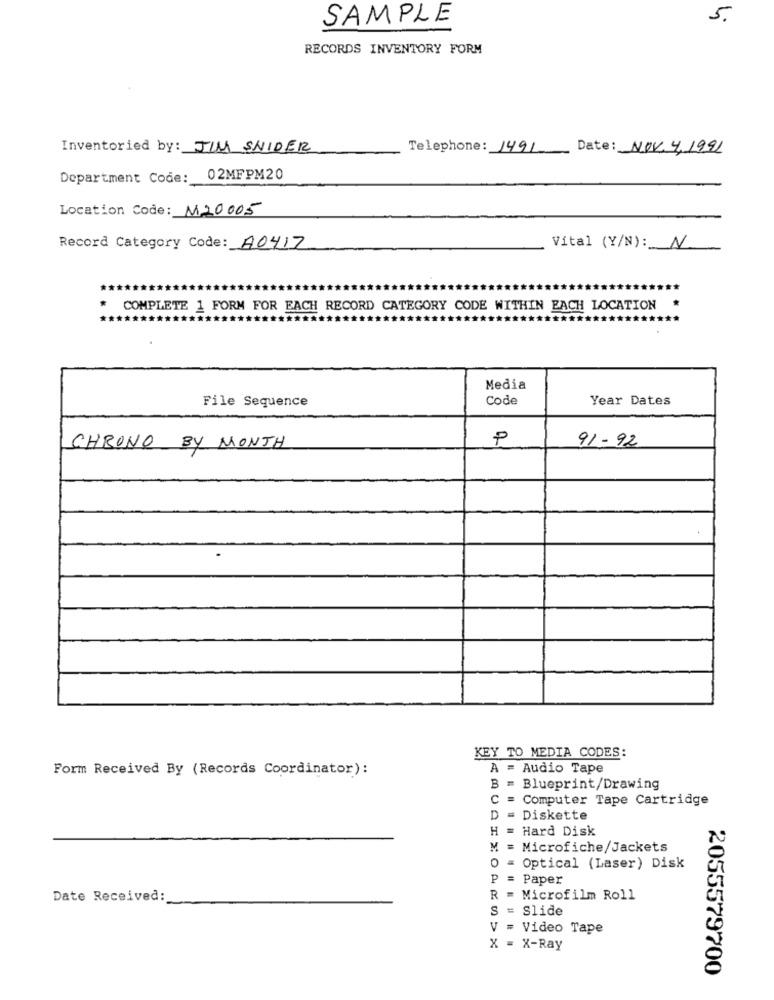
SAMPLE
5.
RECORDS INVENTORY FORM
Inventoried by: JIM SNIDER
Telephone: 1491-
Date: NOV. 4.1991
Department Code:
02MFPM20
Location Code: M20005
Record Category Code: A0417
Vital (Y/N): N
COMPLETE 1 FORM FOR EACH RECORD CATEGORY CODE WITHIN EACH LOCATION
*****
******
********
Media
File Sequence
Code
Year Dates
P
91- 92
CHRONO BY MONTH
KEY TO MEDIA CODES:
Form Received By (Records Coordinator):
A = Audio Tape
B = Blueprint/Drawing
C = Computer Tape Cartridge
D = Diskette
H = Hard Disk
M = Microfiche/Jackets
O
= Optical (Laser) Disk
P = Paper
R =
Date Received:
Microfilm Roll
S = Slide
V = Video Tape
X = X-Ray
2055579700